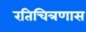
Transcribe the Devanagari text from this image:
रतिचित्रणास